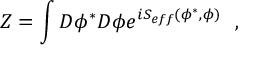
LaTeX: Z = \int { \cal D } \phi ^ { * } { \cal D } \phi e ^ { i S _ { e f f } ( \phi ^ { * } , \phi ) } \, \, \, \, ,